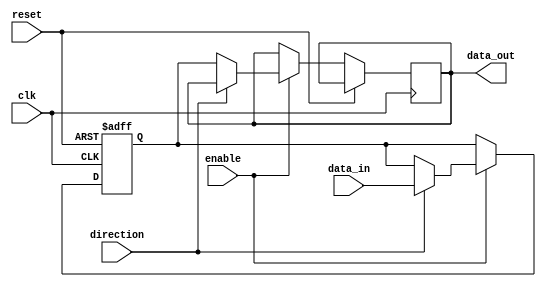
module io_buffer (
    input wire clk,
    input wire reset,
    input wire enable,
    input wire direction,
    input wire [7:0] data_in,
    output reg [7:0] data_out
);
    
reg [7:0] buffer_reg;

always @(posedge clk or posedge reset) begin
    if (reset) begin
        buffer_reg <= 8'h00;
    end else if (enable) begin
        if (direction) begin
            buffer_reg <= data_in;
        end else begin
            data_out <= buffer_reg;
        end
    end
end

endmodule